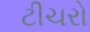
ટીચરો